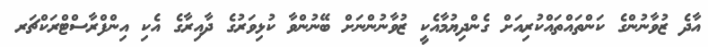
އާދެ ޒުވާނުންގެ ކަންތައްތައްކުރިއަށް ގެންދިޔުމާއެކީ ޒުވާނުންނަށް ބޭނުންވާ ކުޅިވަރުގެ ދާއިރާގެ އެކި އިންފްރާސްޓްރަކްޗަރ